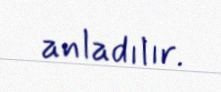
anladılır.